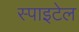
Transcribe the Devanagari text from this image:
स्पाइटेल